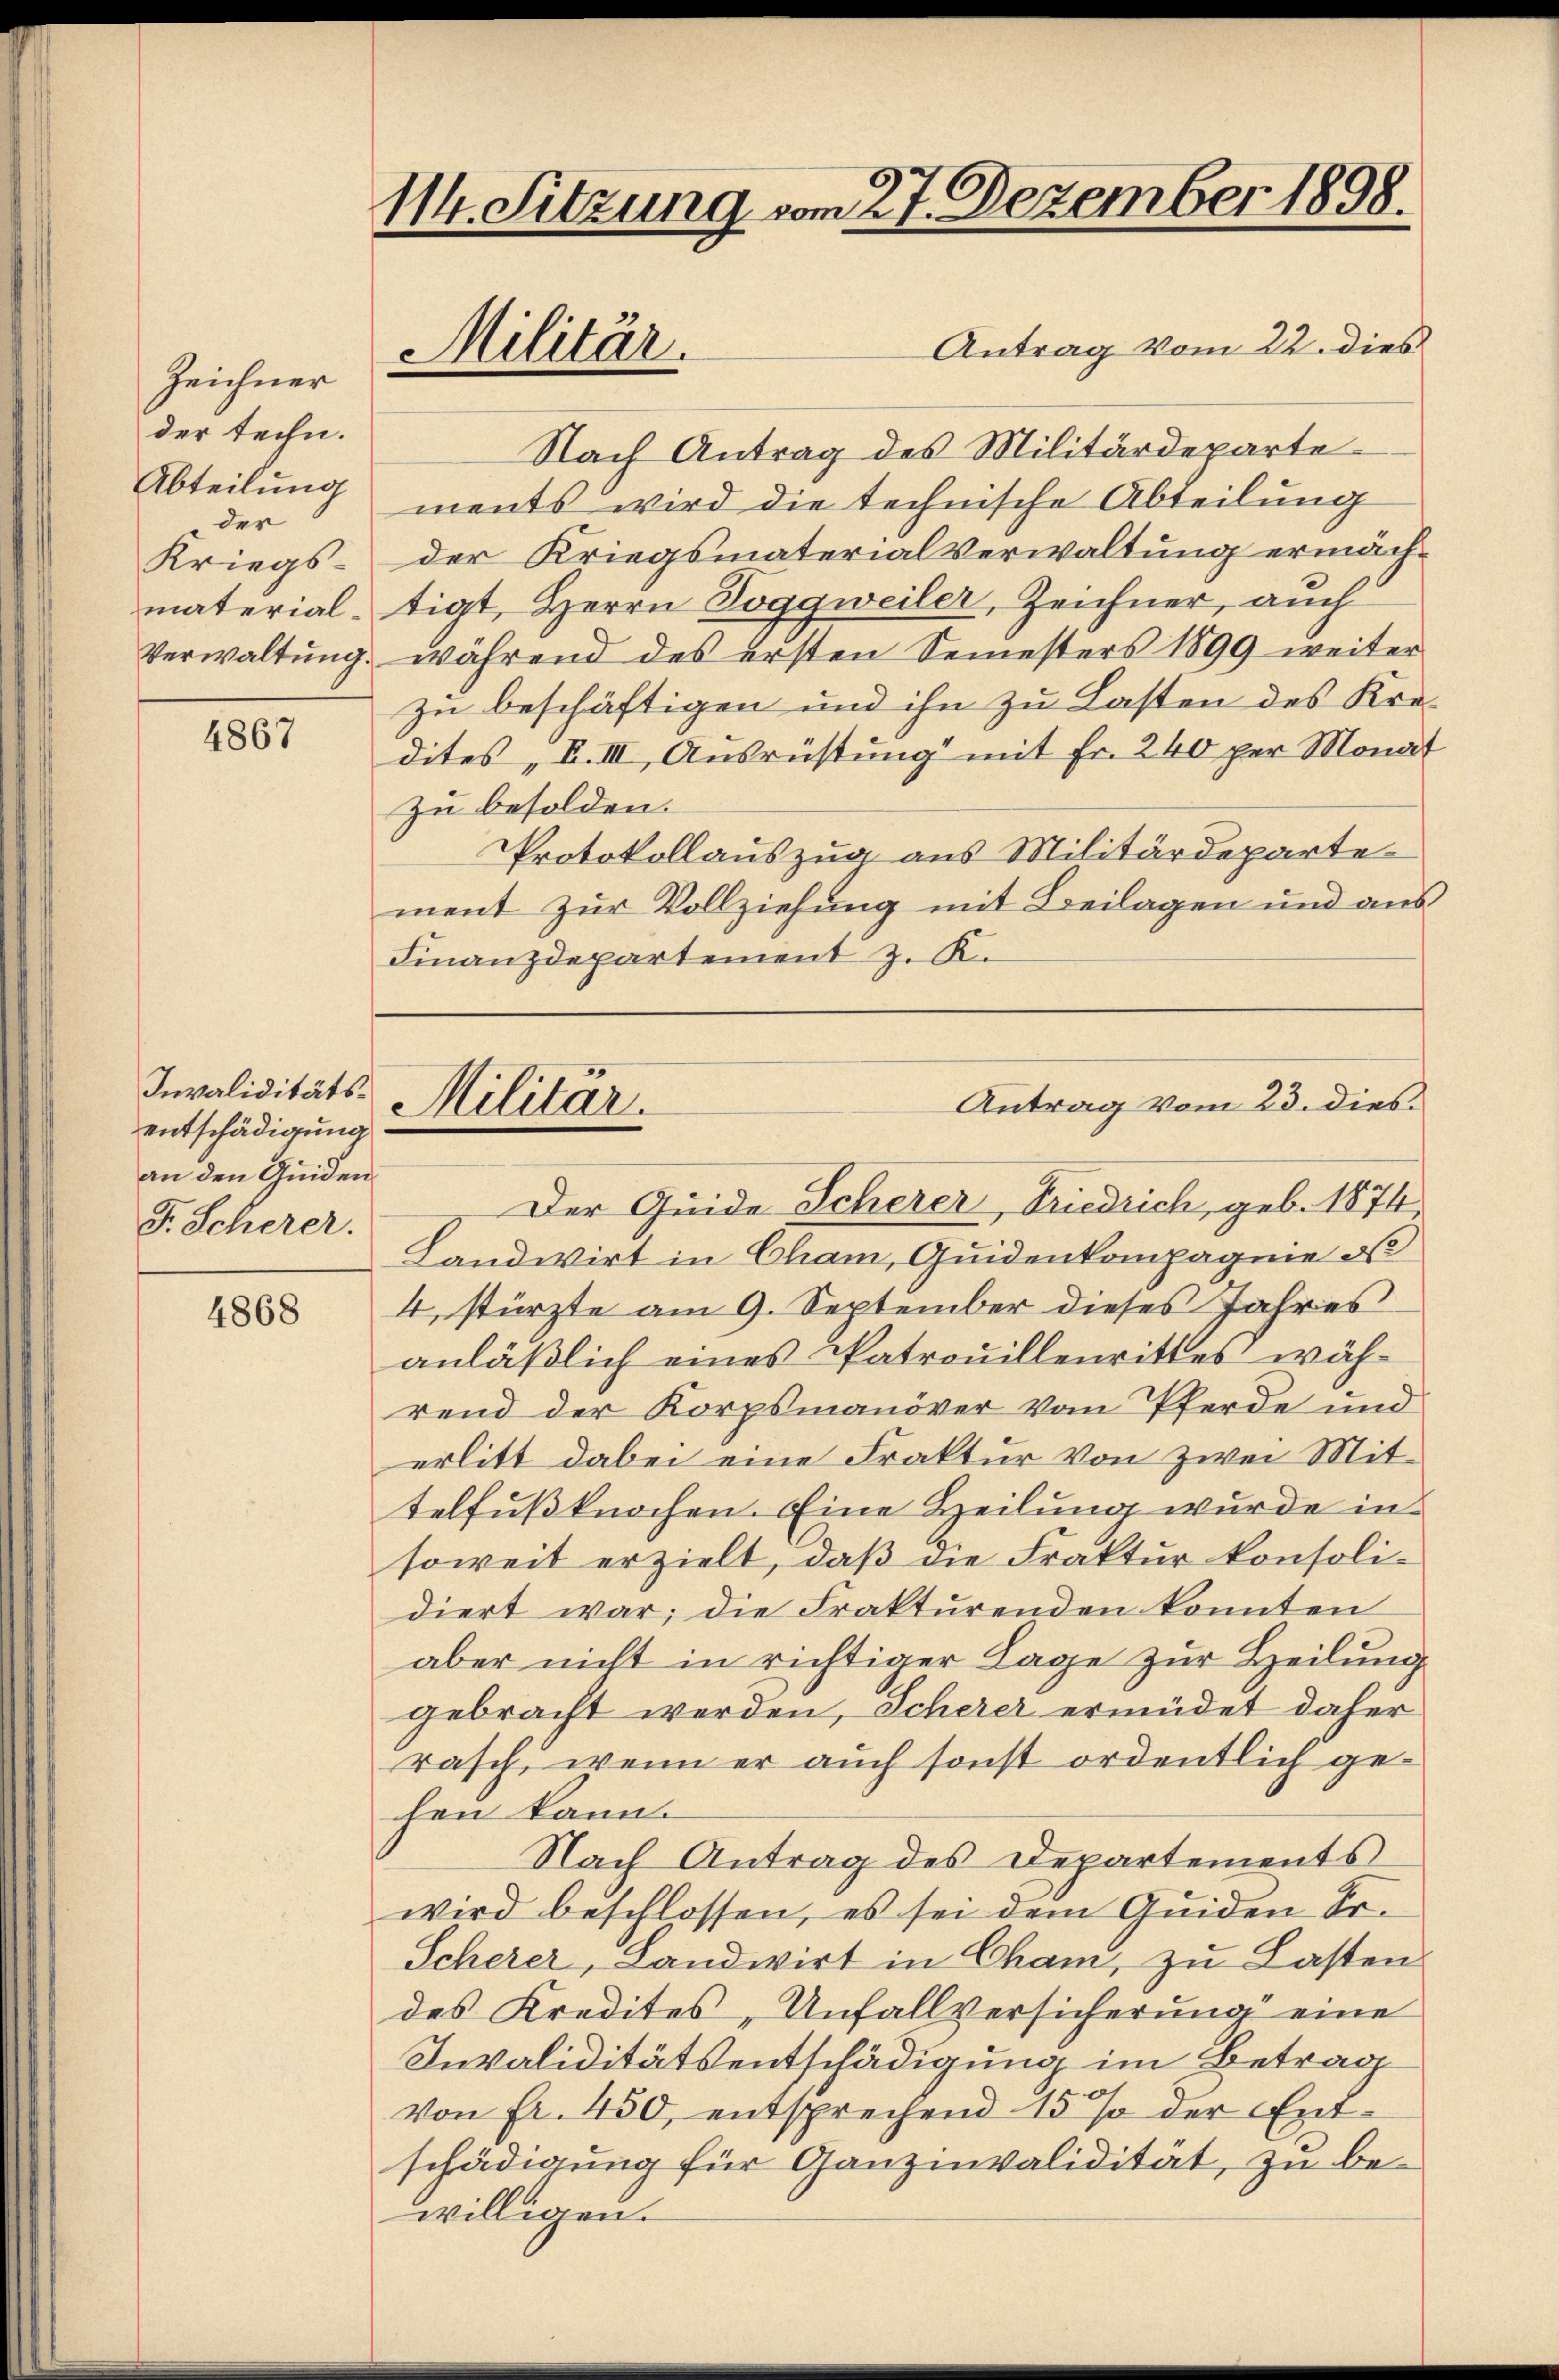
Zeichner
der techn.
Abteilung
der
Kriegs¬

4867

Invaliditätsentschädigung
an den Quiden.
F. Scherer.

4868

114. Sitzung vom 27. Dezember 1898.
Antrag vom 22. dies
Militär.

Nach Antrag des Militärdeparte
ments wird die technische Abteilung
der Kriegsmaterialverwaltung ermächmaterial-tigt, Herrn Toggweiler, Zeichner, auch
Verwaltung, während des ersten Semesters 1899 weiter
zu beschäftigen und ihn zu Lasten des Kredites „F. III, Ausrüstung mit Fr. 240 per Monat
zu besolden.
Protokollauszug aus Militärdepartement zur Vollziehung mit Beilagen und aus
Finanzdepartement z. K.
Der Guide Scherer, Friedrich, geb. 1874
Landwirt in Cham, Quidenkompagnie os
4, stürzte am 9. September dieses Jahres
anläßlich eines Patrouillenrittes während der Korpsmanöver vom Pferde und
erlitt dabei eine Fraktur von zwei Mittelfußknochen. Eine Heilung wurde in
soweit erzielt, daß die Fraktur konsolidiert war; die Frakturenden konnten
aber nicht in richtiger Lage zur Heilung
gebracht werden, Scherer ermüdet daher
rasch, wenn er auch sonst ordentlich gehen kann.
Nach Antrag des Departements
wird beschlossen, es sei dem Guiden Sr.
Scherer, Landwirt in Cham, zu Lasten
des Kredites, Unfallversicherung eine
Invaliditätsentschädigung im Betrag
von Fr. 450, entsprechend 15% der Entschädigung für Ganzinvalidität, zu bewilligen.

Militär.

Antrag vom 23. dies